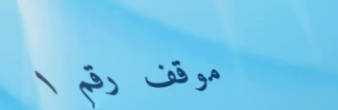
موقف رقم ١